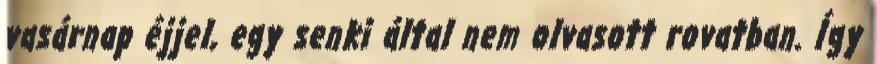
vasárnap éjjel, egy senki által nem olvasott rovatban. Így